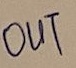
Text: OUT